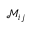
\mathcal M _ { i j }